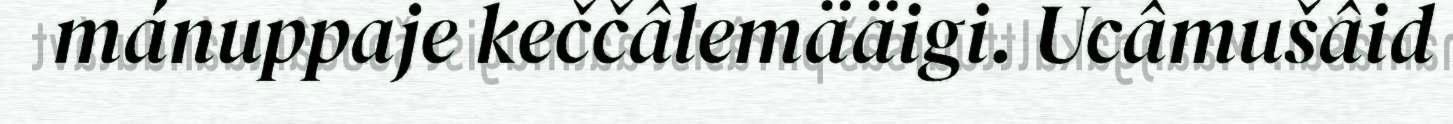
mánuppaje keččâlemääigi. Ucâmušâid